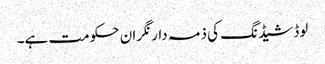
لوڈ شیڈنگ کی ذمہ دار نگران حکومت ہے۔